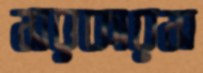
সরকারস